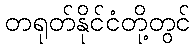
တရုတ်နိုင်ငံတို့တွင်